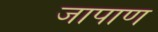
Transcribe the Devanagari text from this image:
जापाण